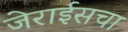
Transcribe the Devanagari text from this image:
जेराईसचा